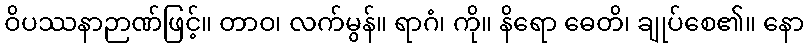
ဝိပဿနာဉာဏ်ဖြင့်။ တာဝ၊ လက်မွန်။ ရာဂံ၊ ကို။ နိရော ဓေတိ၊ ချုပ်စေ၏။ နော